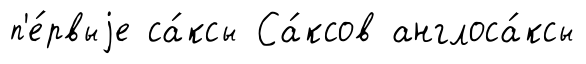
п'е́рвыjе са́ксы Са́ксов англоса́ксы